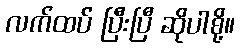
လက်ထပ် ပြီးပြီ ဆိုပါစို့။